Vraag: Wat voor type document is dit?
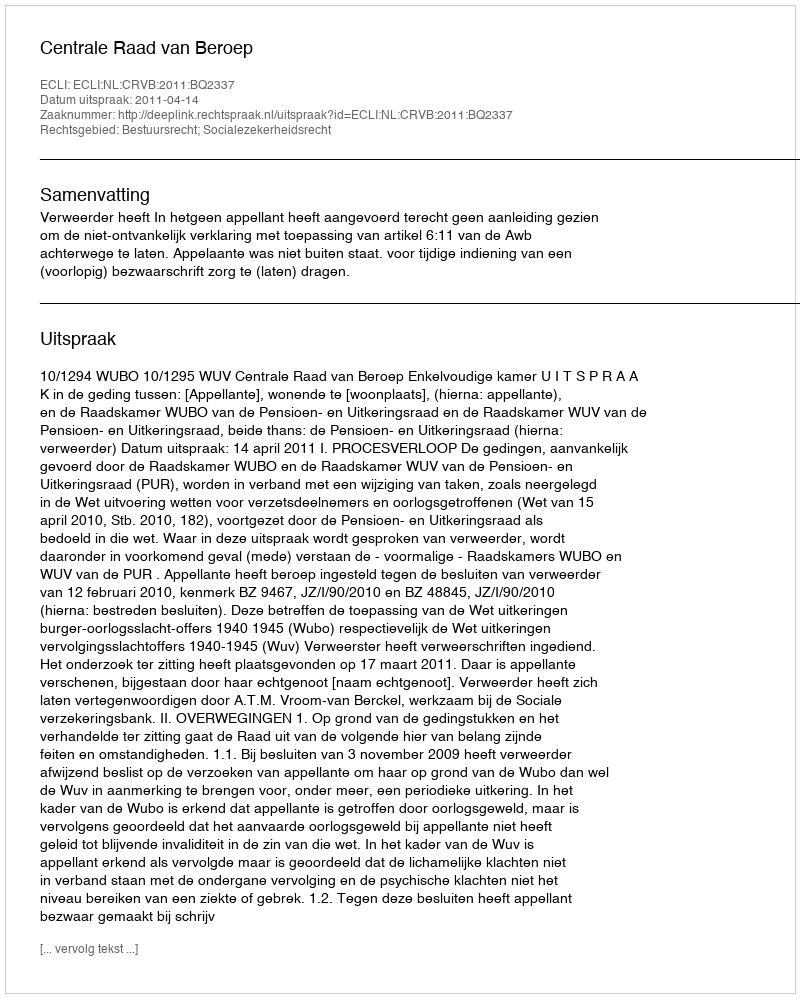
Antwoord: Uitspraak